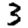
Digit: 3